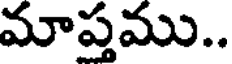
మాప్తము..